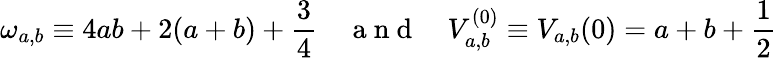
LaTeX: \omega_{a,b}\equiv 4ab+2(a+b)+\frac{3}{4}\quad\mathrm{~a~n~d~}\quad V_{a,b}^{(0)}\equiv V_{a,b}(0)=a+b+\frac{1}{2}